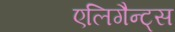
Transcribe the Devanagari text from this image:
एलिगैन्ट्स